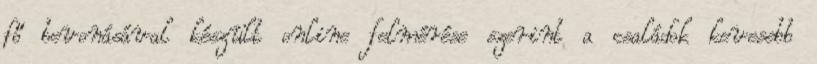
fő bevonásával készült online felmérése szerint a családok kevesebb